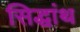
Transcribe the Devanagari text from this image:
सिद्धांथ